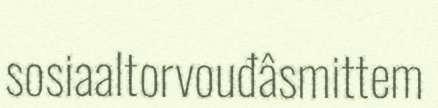
sosiaaltorvouđâsmittem